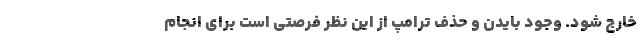
خارج شود. وجود بايدن و حذف ترامپ از اين نظر فرصتي است براي انجام